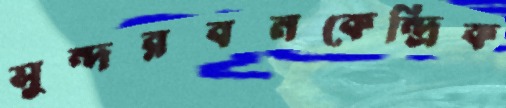
সুন্দরবনকেন্দ্রিক